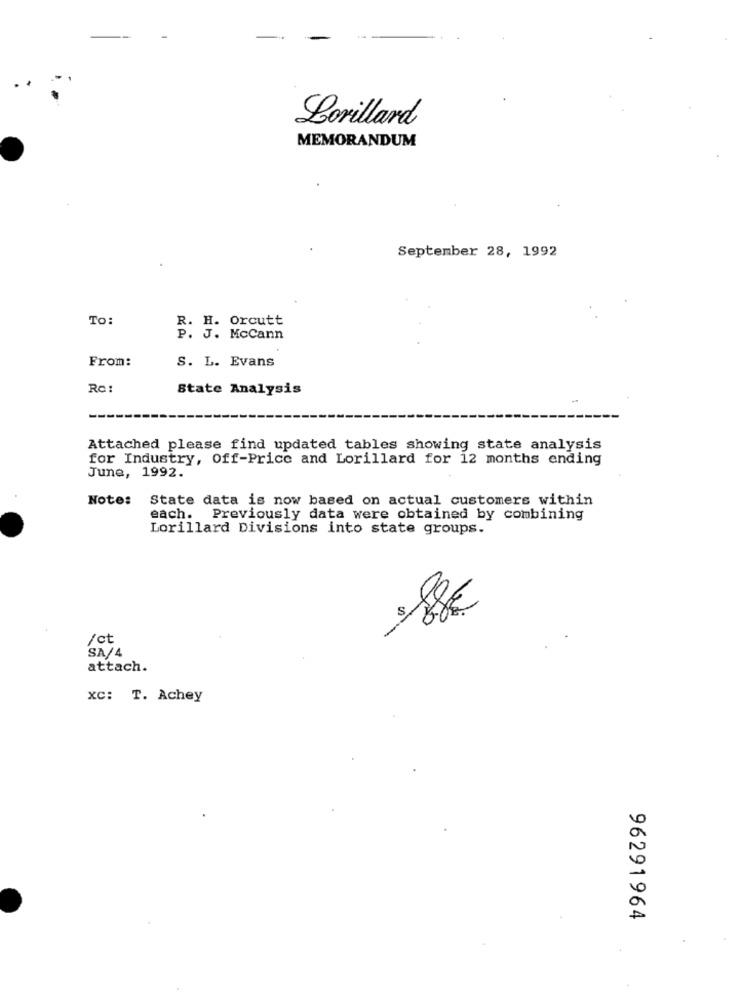
Lorillard
MEMORANDUM
September 28, 1992
TO:
R. H. Orcutt
P. J. McCann
From:
S. L. Evans
Re:
State Analysis
Attached please find updated tables showing state analysis
for Industry, off-Price and Lorillard for 12 months ending
June, 1992.
Note: State data is now based on actual customers within
each. Previously data were obtained by combining
Lorillard Divisions into state groups.
88€
/ct
SA/4
attach.
XC: T. Achey
96291964